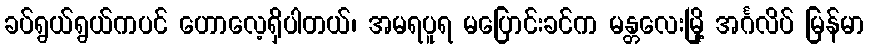
ခပ်ရွယ်ရွယ်ကပင် ဟောလေ့ရှိပါတယ်၊ အမရပူရ မပြောင်းခင်က မန္တလေးမြို့ အင်္ဂလိပ် မြန်မာ